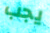
يجب